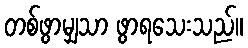
တစ်ဖွာမျှသာ ဖွာရသေးသည်။